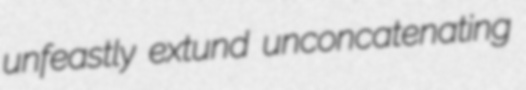
unfeastly extund unconcatenating